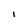
Character: I